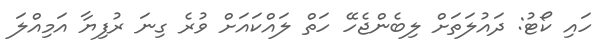
ހައި ކޯޓު: ދައުލަތަށް ލިބެންޖެހޭ ހަތް ލައްކައަށް ވުރެ ގިނަ ރުފިޔާ އަމިއްލަ